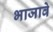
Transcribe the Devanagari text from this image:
भाजावे